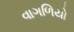
વાગળિયો